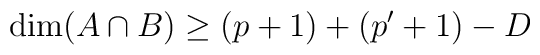
\dim(A\cap B) \ge (p+1) +(p'+1) -D